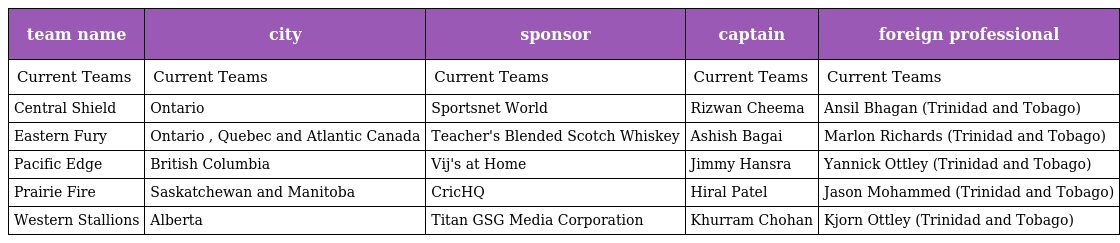
| team name | city | sponsor | captain | foreign professional |
 | --- | --- | --- | --- | --- |
 | Current Teams | Current Teams | Current Teams | Current Teams | Current Teams |
 | Central Shield | Ontario | Sportsnet World | Rizwan Cheema | Ansil Bhagan (Trinidad and Tobago) |
 | Eastern Fury | Ontario , Quebec and Atlantic Canada | Teacher's Blended Scotch Whiskey | Ashish Bagai | Marlon Richards (Trinidad and Tobago) |
 | Pacific Edge | British Columbia | Vij's at Home | Jimmy Hansra | Yannick Ottley (Trinidad and Tobago) |
 | Prairie Fire | Saskatchewan and Manitoba | CricHQ | Hiral Patel | Jason Mohammed (Trinidad and Tobago) |
 | Western Stallions | Alberta | Titan GSG Media Corporation | Khurram Chohan | Kjorn Ottley (Trinidad and Tobago) |